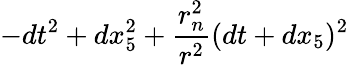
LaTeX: -dt^{2}+dx_{5}^{2}+{\frac{r_{n}^{2}}{r^{2}}}(dt+dx_{5})^{2}